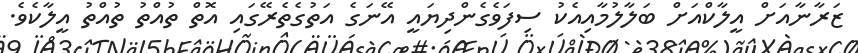
ޒަރާނާއަށް އީލާކްއަށް ބަލާލުމާއިއެކު ސިފަވެގެންދިޔައީ އޭނަގެ އަތުގެތެރޭގައި އޮތް ތުއްތު ތުއްތު އީލާކެވެ.